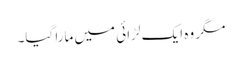
مگر وہ ایک لڑائی میں مارا گیا۔